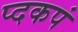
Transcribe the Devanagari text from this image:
प्दकपं